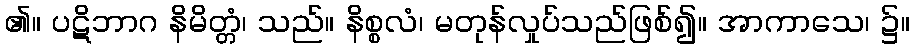
၏။ ပဋိဘာဂ နိမိတ္တံ၊ သည်။ နိစ္စလံ၊ မတုန်လှုပ်သည်ဖြစ်၍။ အာကာသေ၊ ၌။